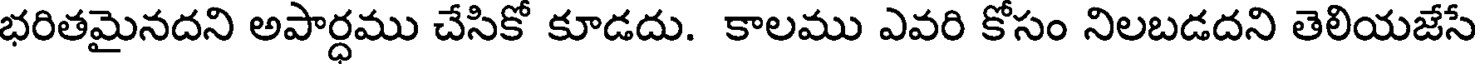
భరితమైనదని అపార్ధము చేసికో కూడదు. కాలము ఎవరి కోసం నిలబడదని తెలియజేసే